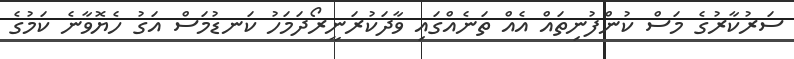
ސަރުކާރުގެ މަސް ކުންފުނިތައް އެއް ތަނެއްގައި ވާދަކުރަނީރޯދަމަހު ކަނޑުމަސް އަގު ހެޔޮވާނެ ކަމުގެ